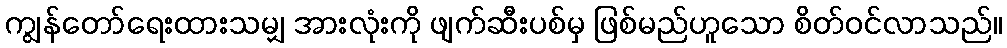
ကျွန်တော်ရေးထားသမျှ အားလုံးကို ဖျက်ဆီးပစ်မှ ဖြစ်မည်ဟူသော စိတ်ဝင်လာသည်။